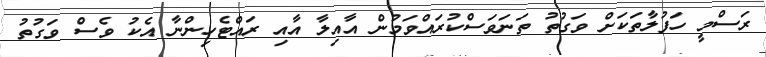
ރަސްމީ ހަފުލާތަކަށް ވަގުތު ތަނަވަސްކުރައްވަމުން އާއިލާ އާއި ރައްޓެހިންނާ އެކު ވެސް ވަގުތު